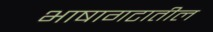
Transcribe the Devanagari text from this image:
भाषागटातील